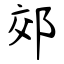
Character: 郊